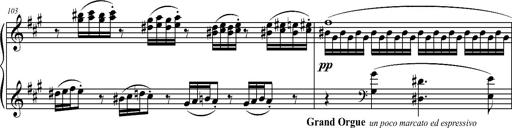
Title: 2 LÃ©gendes
Composer: Franz Liszt